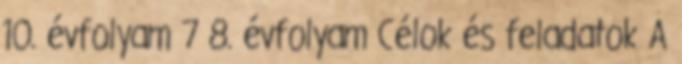
10. évfolyam 7 8. évfolyam Célok és feladatok A